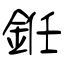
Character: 銋